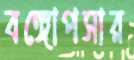
বঙ্গোপসার